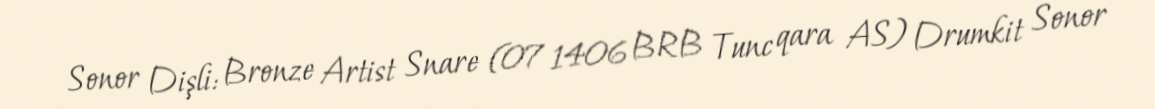
Sonor Dişli: Bronze Artist Snare (07 1406 BRB Tunc qara AS) Drumkit Sonor